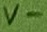
Text: V-